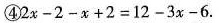
④ $$2 x - 2- x + 2 = 1 2 - 3 x - 6$$.